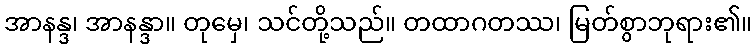
အာနန္ဒ၊ အာနန္ဒာ။ တုမှေ၊ သင်တို့သည်။ တထာဂတဿ၊ မြတ်စွာဘုရား၏။